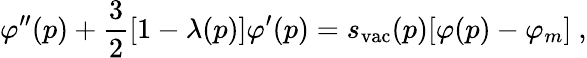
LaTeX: \varphi^{\prime\prime}(p)+{\frac{3}{2}}[1-\lambda(p)]\varphi^{\prime}(p)=s_{\mathrm{vac}}(p)[\varphi(p)-\varphi_{m}]\ ,